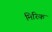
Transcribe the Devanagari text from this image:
मिरिक